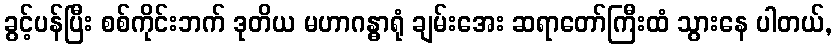
ခွင့်ပန်ပြီး စစ်ကိုင်းဘက် ဒုတိယ မဟာဂန္ဓာရုံ ချမ်းအေး ဆရာတော်ကြီးထံ သွားနေ ပါတယ်,